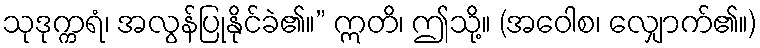
သုဒုက္ကရံ၊ အလွန်ပြုနိုင်ခဲ၏။” ဣတိ၊ ဤသို့။ (အဝေါစ၊ လျှောက်၏။)